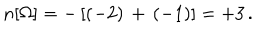
n [ \Omega ] = - \left[ ( - 2 ) \, + \, ( - 1 ) \right] = + 3 \, .